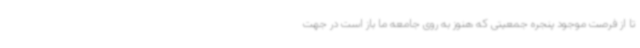
تا از فرصت موجود پنجره جمعیتی که هنوز به روی جامعه ما باز است در جهت